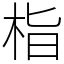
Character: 栺